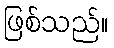
ဖြစ်သည်။